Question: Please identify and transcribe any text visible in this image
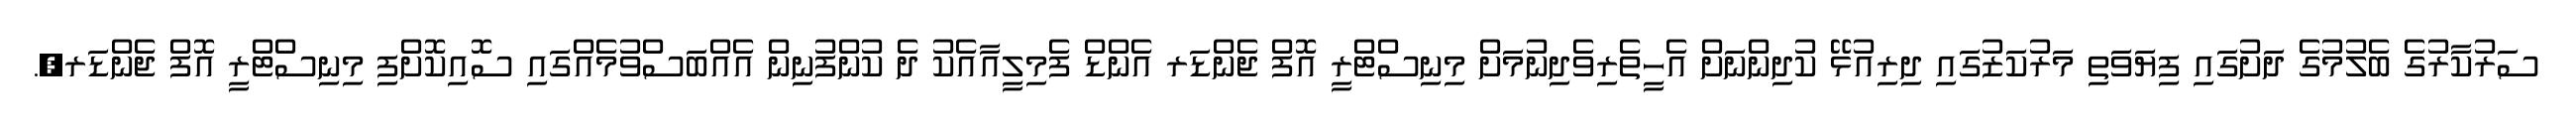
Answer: ސަރުކާރުގެ ބެލުމުގެ ދަށުގައި ފިޔަވަތި މަރުކަޒުގައި ދިރިއުޅޭ ކުދިންނަށް އެހީތެރިވެދިނުމަށް މިނިސްޓްރީ އޮފް ޖެންޑަރ އެންޑް ފެމިލީއާއެކު ދެ ކުންފުނިން އެއްބަސްވުމެއްގައި ސޮއިކޮށްފި މިނިސްޓްރީ އޮފް ޖެންޑަރ,.